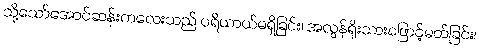
သို့သော်အောင်ဆန်းကလေးသည် ပရိယာယ်မရှိခြင်း၊ အလွန်ရိုးသားဖြောင့်မတ်ခြင်း၊